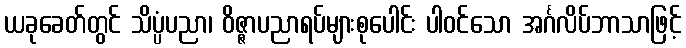
ယခုခေတ်တွင် သိပ္ပံပညာ၊ ဝိဇ္ဇာပညာရပ်များစုပေါင်း ပါဝင်သော အင်္ဂလိပ်ဘာသာဖြင့်